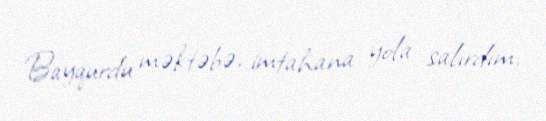
Bayqurdu məktəbə, imtahana yola salırdım.